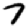
Digit: 7